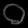
Digit: ၀